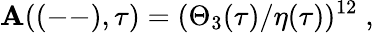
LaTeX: \mathbf{A}((--),\tau)=(\Theta_{3}(\tau)/\eta(\tau))^{12}\; ,